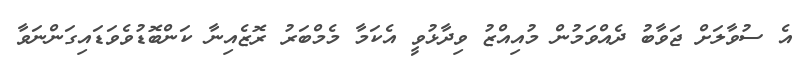
އެ ސުވާލަށް ޖަވާބު ދެއްވަމުން މުއިއްޒު ވިދާޅުވީ އެކަމާ މެމްބަރު ރޮޒެއިނާ ކަންބޮޑުވެވަޑައިގަންނަވާ